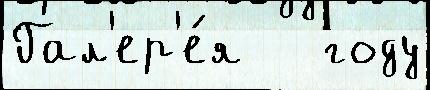
Гал'ер'е́я   году